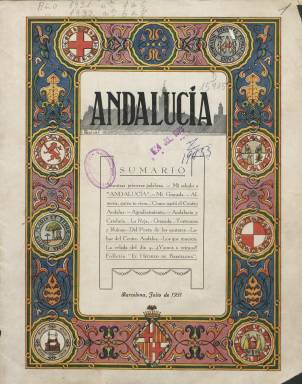
Título: Andalucía (Barcelona. 1931)
Colección: Revistas de información general
Ámbito geográfico: Barcelona
Lugar de publicación: Barcelona
Fechas: 01/07/1931-31/03/1932

Revista mensual órgano del Centro Andaluz de Barcelona y portavoz de la colonia andaluza en Cataluña cuyo fin era divulgar los valores y la cultura de las ocho provincias del sur español en la tierra catalana y servir de vínculo entre los andaluces inmigrantes.

 En la presentación del primer número de la revista, de julio de 1931, se proporciona un dato importante, y es que en esa fecha había 80.000 andaluces residentes en Cataluña, sobre todo en la provincia de Barcelona, cifra significativa pero que no era muy importante dado que la población catalana se estimaba entonces en cerca de tres millones de personas.

 Este tipo de estadísticas son excepcionales en la revista, que huía de cualquier contenido político y tampoco informaba de los problemas laborales de los andaluces en Cataluña. Su contenido era fundamentalmente cultural y folclórico.

 Cada número constaba de 28 páginas, muchas de ellas de publicidad, tanto de industrias y comercios de Cataluña como de Andalucía, dado que la revista se distribuía en las dos regiones.

 La Biblioteca Nacional de España posee los ocho primeros números de la publicación, siendo el último el de marzo de 1932. Es probable que hubiera algunos más, dado que no hay indicios de que cesara en esa fecha. Había suficientes anuncios para seguir financiando la edición.

 El fundador de la revista y presidente del Centro Andaluz de Barcelona era Adrián del Rey Sánchez, que publicaba un folletín en la revista titulado ‘El hechizo de Barcelona’ y que era cónsul general de la República de Estonia en Cataluña, Aragón y Baleares.

Precisamente el Centro Andaluz era llamado también el Consulado de Andalucía en Cataluña, que se definía así mismo como ‘centro de recreo y protección mutua, de fraterna convivencia, sin matices de ideas políticas, dispuesto en colectividad y unión de nobles deseos a favorecer al que lo precise, laborando por el engrandecimiento de la Región Andaluza y el bienestar de sus hijos’.

   Un aspecto destacado de la revista son las ilustraciones, sobre todo fotografías en las cubiertas de los números, de diversos monumentos andaluces, como La Alhambra de Granada, la Mezquita de Córdoba o la Alcazaba de Almería, además de rincones y paisajes pintorescos de la región.

[Descripción publicada el 5/05/2023]